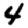
Digit: 4